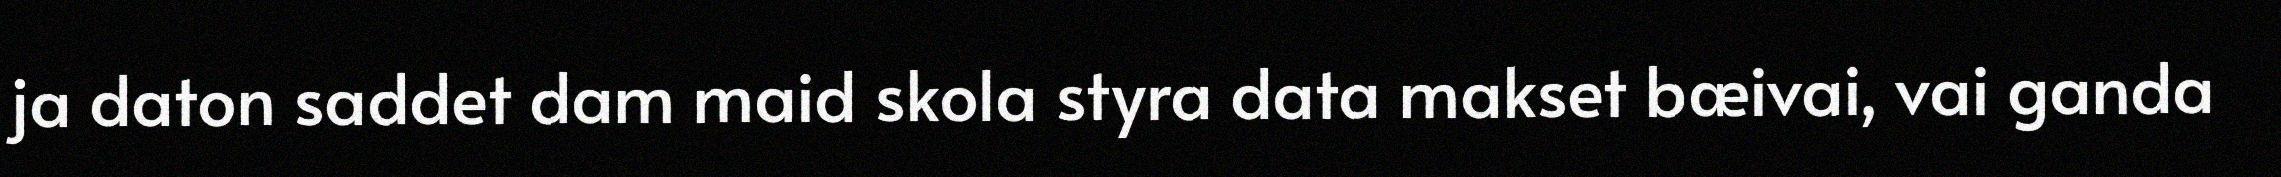
ja daton saddet dam maid skola styra data makset bæivai, vai ganda